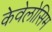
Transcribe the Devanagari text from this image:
केवेलोसिम